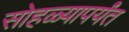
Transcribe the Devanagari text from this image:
सोहळ्यापर्यंत